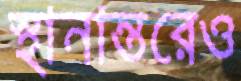
স্থানান্তরেও